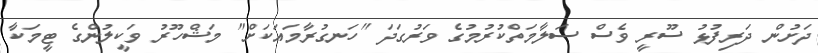
ދަށުން ދަރިފުޅު ސޫރީ ވެސް ސަލާމަތްކުރުމުގެ ވަރުގަދަ "ހަނގުރާމައަކަށް" މަޝްހޫރު ވަކީލުންގެ ޓީމަކާ